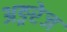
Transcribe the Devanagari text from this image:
अङ्ररेज